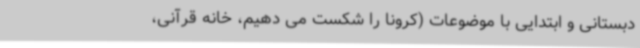
دبستانی و ابتدایی با موضوعات (کرونا را شکست می دهیم، خانه قرآنی،